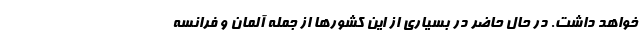
خواهد داشت. در حال حاضر در بسیاری از این کشورها از جمله آلمان و فرانسه